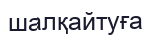
шалқайтуға